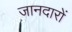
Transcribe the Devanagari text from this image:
जानदारों